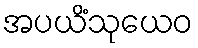
အပယိံသုယေဝ